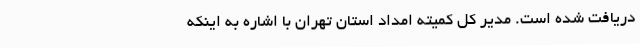
دریافت شده است. مدیر کل کمیته امداد استان تهران با اشاره به اینکه